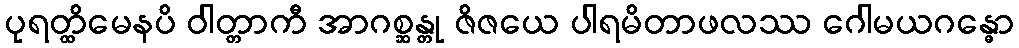
ပုရတ္ထိမေနပိ ဝါတ္တာကီ အာဂစ္ဆန္တု ဇိဇယေ ပါရမိတာဖလဿ ဂေါမယဂန္ဓော